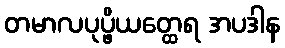
တမာလပုပ္ဖိယတ္ထေရ အပဒါန